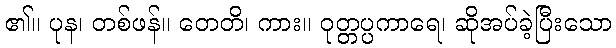
၏။ ပုန၊ တစ်ဖန်။ တေတိ၊ ကား။ ဝုတ္တပ္ပကာရေ၊ ဆိုအပ်ခဲ့ပြီးသော